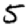
Digit: 5